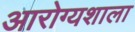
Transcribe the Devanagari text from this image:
आरोग्यशाला